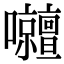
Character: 𡅹